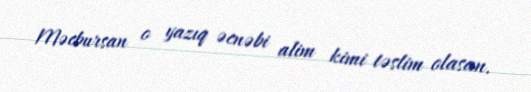
Məcbursan o yazıq əcnəbi alim kimi təslim olasan.